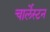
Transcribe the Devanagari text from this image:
चार्लेस्टन